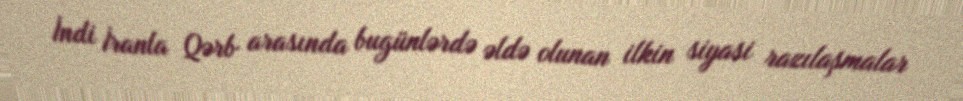
İndi İranla Qərb arasında bugünlərdə əldə olunan ilkin siyasi razılaşmalar